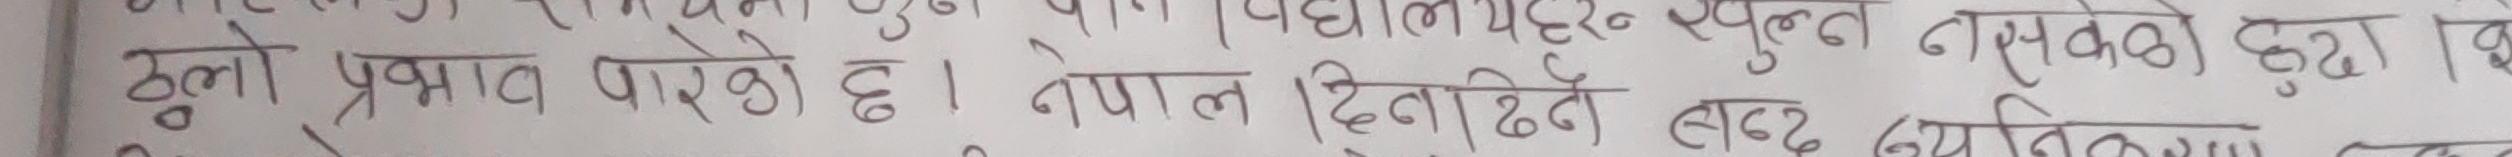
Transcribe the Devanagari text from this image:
ठूलो प्रभाव पारेको छ । नेपाल दिना दिनै बढेर नपुग्ने जस्तो हुनुपर्ने।